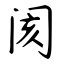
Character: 阂